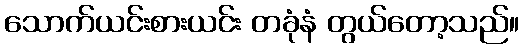
သောက်ယင်းစားယင်း တခုံနံ တွယ်တော့သည်။